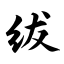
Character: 绂